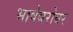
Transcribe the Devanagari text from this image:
भाषेबरोबर